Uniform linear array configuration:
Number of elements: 64
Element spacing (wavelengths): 0.25
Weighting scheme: uniform
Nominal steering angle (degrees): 45
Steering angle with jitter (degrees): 44.458
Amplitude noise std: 0.05
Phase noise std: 0.05

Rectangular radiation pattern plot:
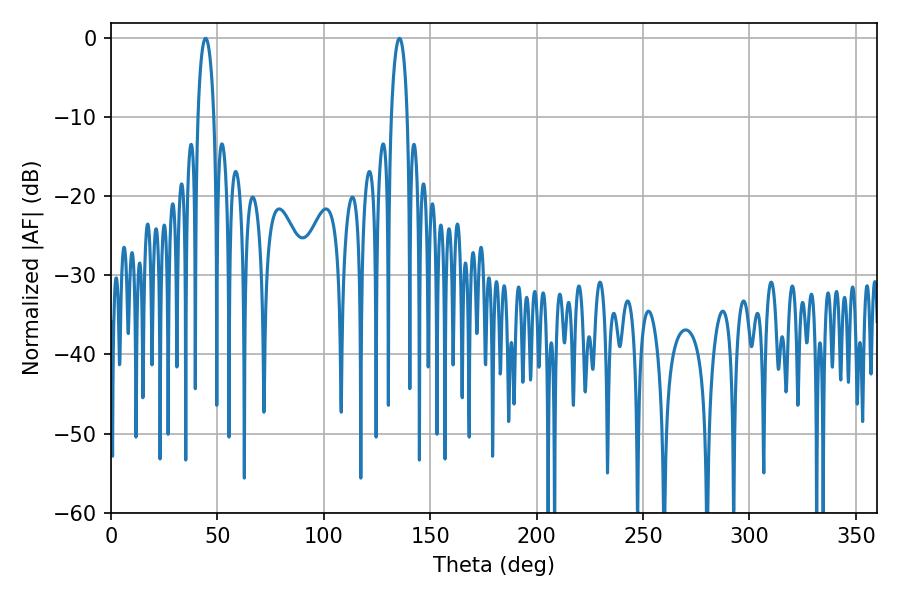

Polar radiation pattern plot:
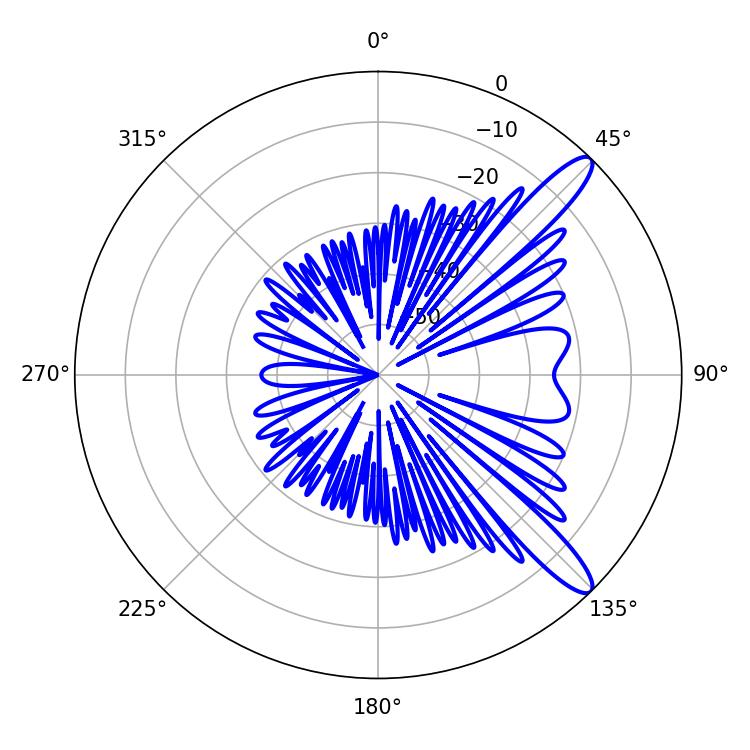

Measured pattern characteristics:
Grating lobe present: FALSE
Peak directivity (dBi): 12.084
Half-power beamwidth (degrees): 4.32
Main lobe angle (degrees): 44.46